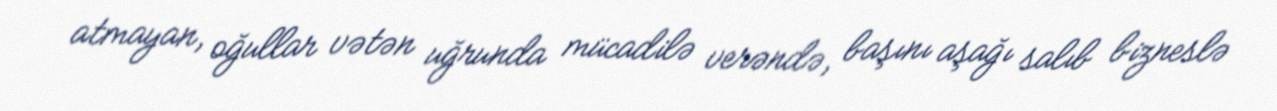
atmayan, oğullar vətən uğrunda mücadilə verəndə, başını aşağı salıb bizneslə